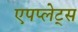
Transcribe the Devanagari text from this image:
एपप्लेट्स